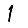
Digit: 1